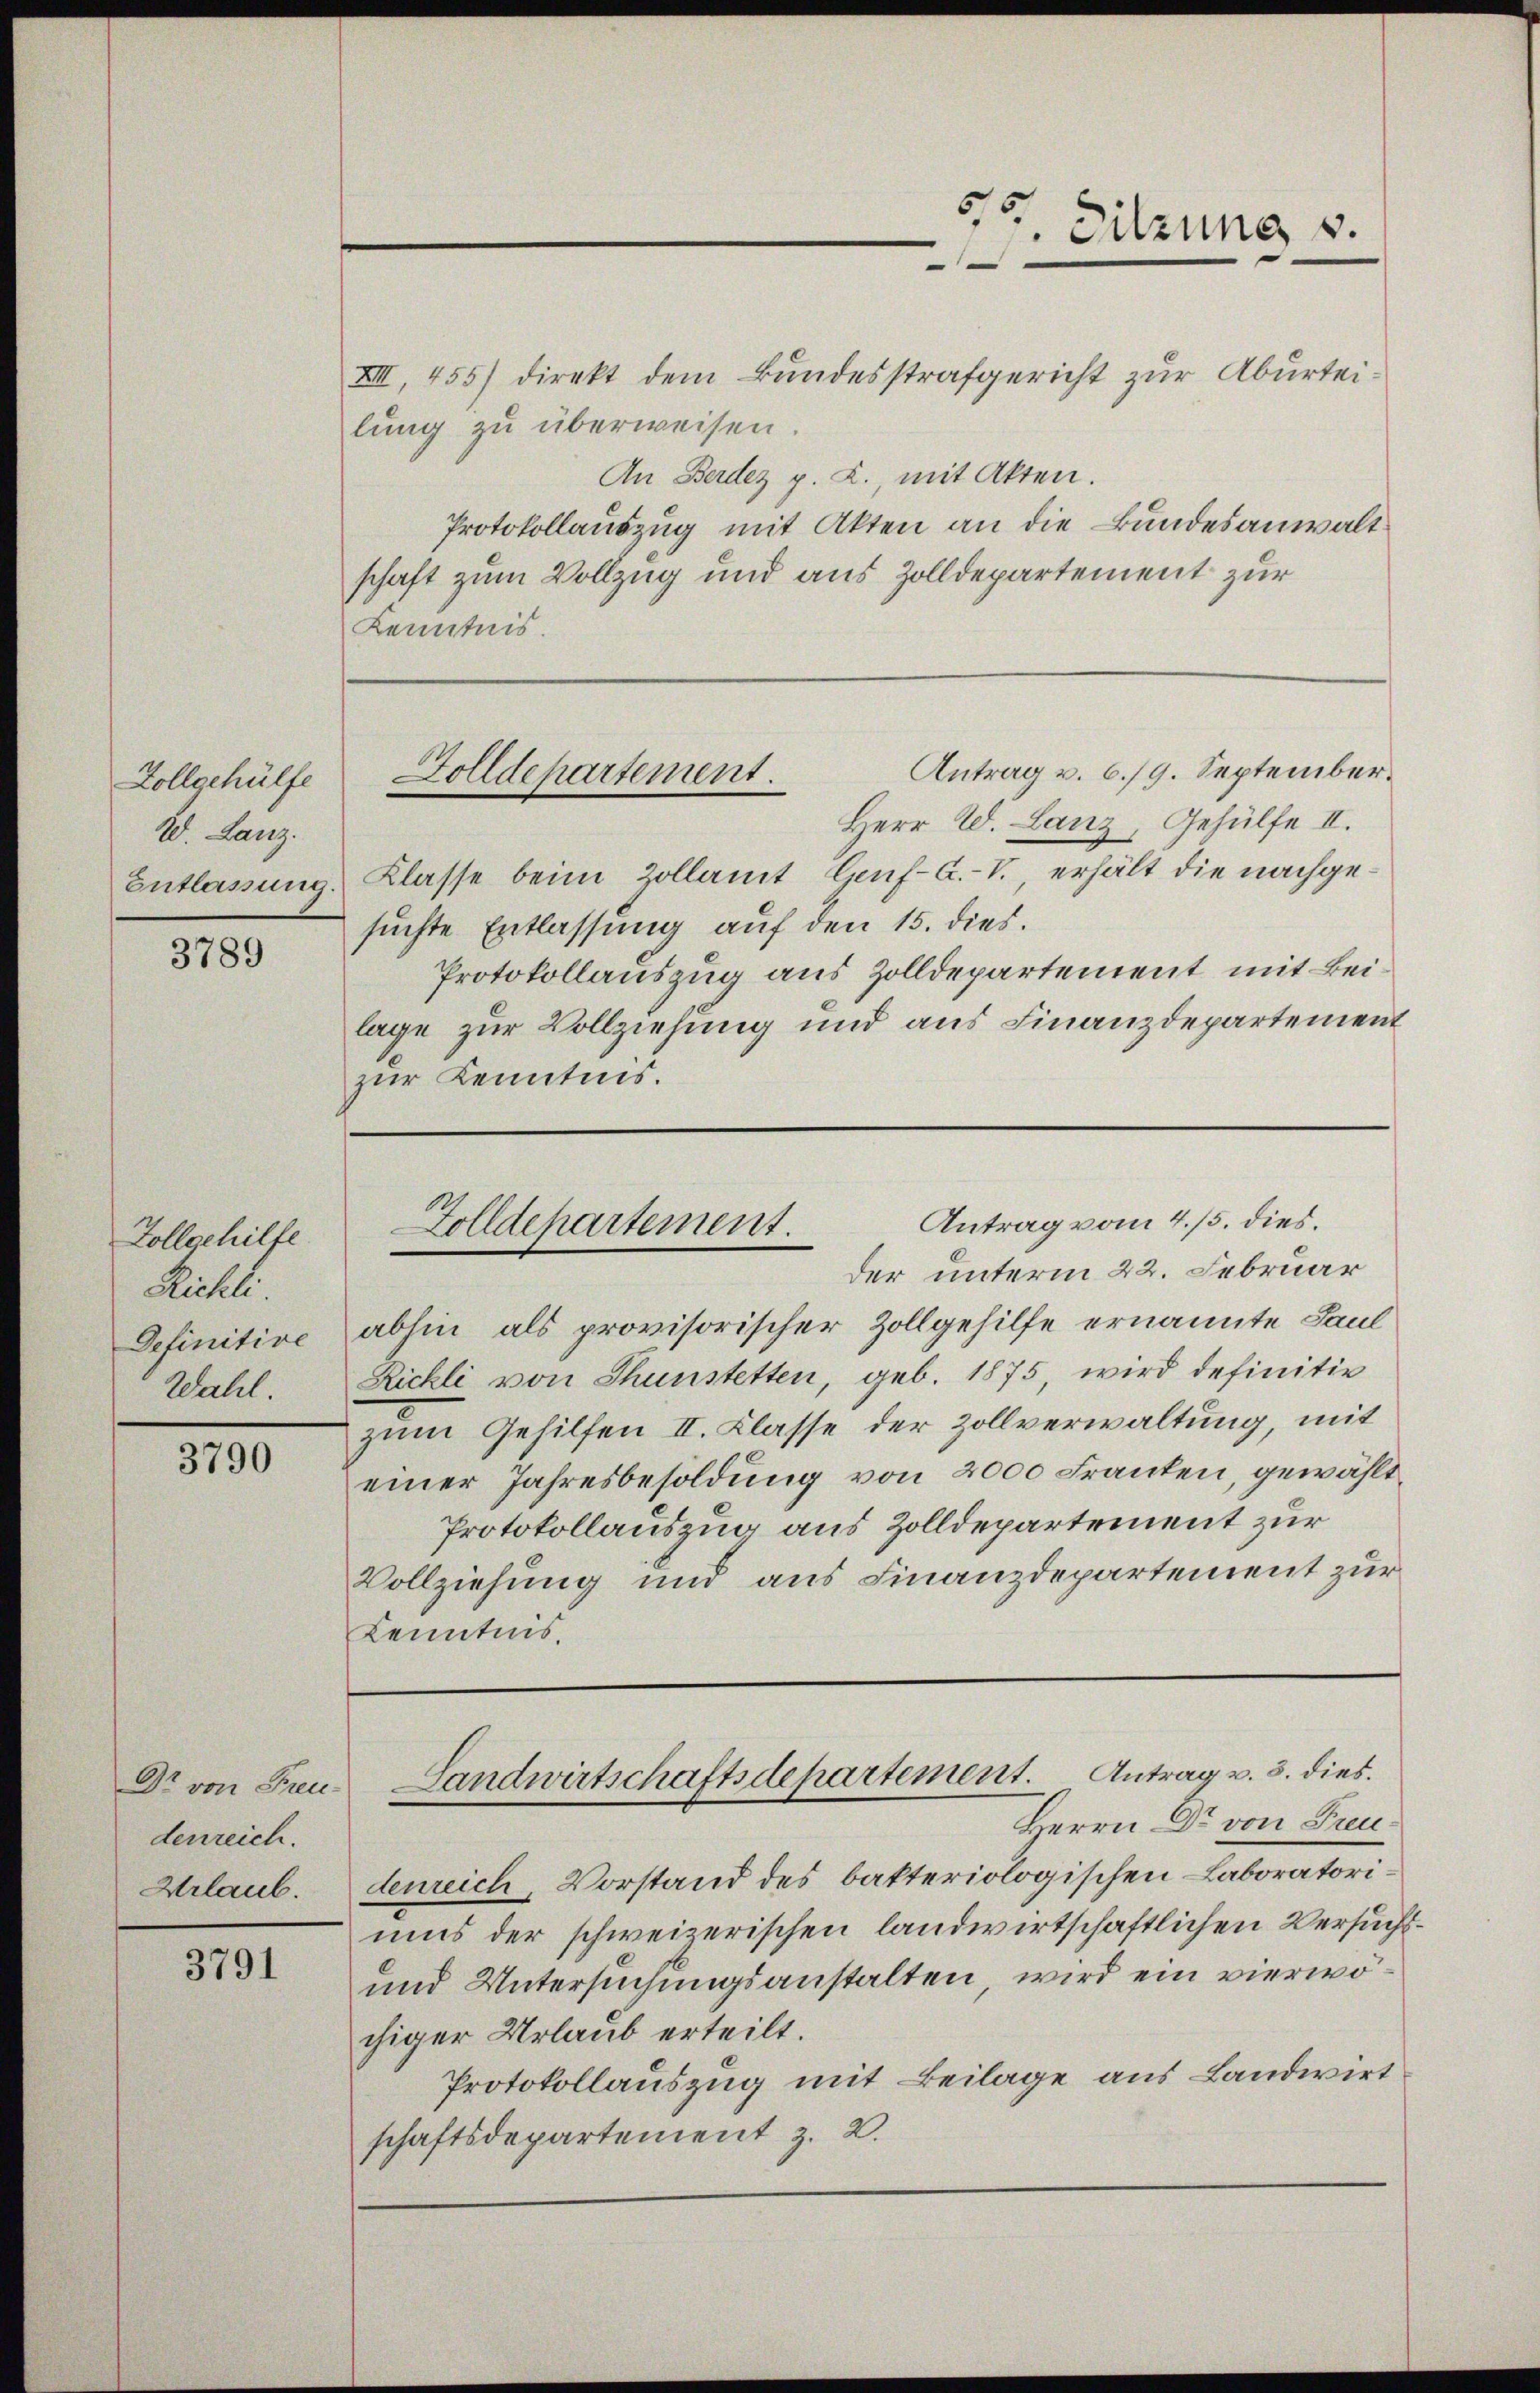
Zollgehülfe
2. Lanz.
Entlassung

3789

Vollgehilfe
Rüchle
Definitive
Wahl.

3790

Dr von Freudenreich.
Urlaub.

3791

IIIII, 455) Direkt dem Bundesstrafgericht zur Aburteilung zu überweisen.
An Berdez p. L., mit Akten.
Protokollauszug mit Akten an die Bundesanwaltschaft zum Vollzug und aus Zolldepartement zur
Kenntnis.

Sitzung v.
.

Antrag v. 6./9. September.
Zolldepartement.

Herr W. Lanz, Gehülfe II.
Klasse beim Zollamt leuf-A.-V. erhält die nachgesuchte Entlassung auf den 15. dies.
Protokollauszug aus Zolldepartement mit Beilage zur Vollziehung und aus Finanzdepartement
zur Kenntnis.

Antrag vom 4./5. dies.
Zolldepartement.

der unterm 22. Februar
abhin als provisorischer Zollgehilfe ernannte Paul
Rickli von Thunstetten, geb. 1875, wird definitie
zum Gehilfen II. Klasse der Zollverwaltung, mit
einer Jahresbesoldung von 2000 Franten, gewählt
Protokollauszug aus Zolldepartement zur
Vollziehung und aus Finanzdepartement zur
Kenntnis.
Landwirtschaftsdepartement. Antrag u. 3. dies.
Herrn Dr. von Freudenreich, Vorstand des bakteriologischen - Laboratorimus der schweizerischen landwirtschaftlichen Versucht
und Untersuchungsanstalten, wird ein vierwöchiger Urlaub erteilt.
Protokollauszug mit Beilage aus Landwirt
schaftsdepartement z. B.